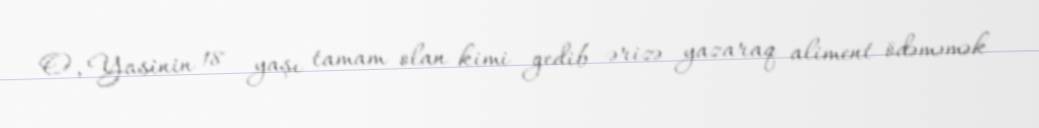
O, Yasinin 18 yaşı tamam olan kimi gedib ərizə yazaraq aliment ödəməmək